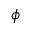
\phi